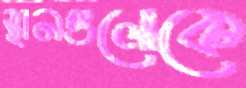
স্থানগুলোকে